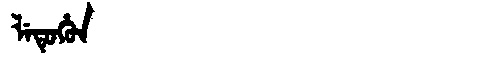
Manchu: ᠯᡝᡨᡠᡥᡠᠨ
Romanization: LETUHUN